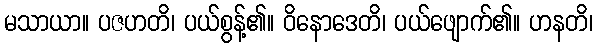
မသာယာ။ ပဇဟတိ၊ ပယ်စွန့်၏။ ဝိနောဒေတိ၊ ပယ်ဖျောက်၏။ ဟနတိ၊